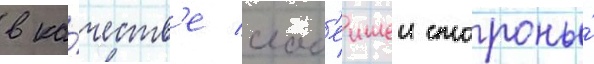
в ка́честв'е слаб'еишеи стороны́